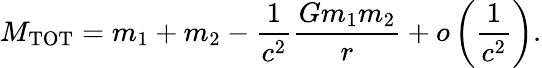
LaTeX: M_{\mathrm{TOT}}=m_{1}+m_{2}-\frac{1}{c^{2}}\frac{Gm_{1}m_{2}}{r}+o\left(\frac{1}{c^{2}}\right).